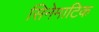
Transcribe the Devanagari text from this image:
सिनेमाटिक